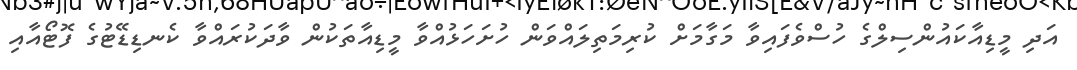
އަދި މީޑިއާކައުންސިލްގެ ހުސްވެފައިވާ މަގާމަށް ކުރިމަތިލައްވަން ހުށަހަޅުއްވާ މީޑިއާތަކުން ވާދަކުރައްވާ ކެނޑިޑޭޓުގެ ފޮޓޯއާއި